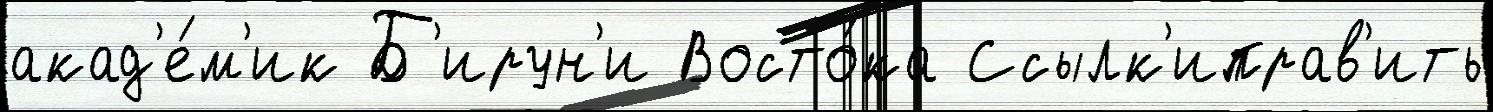
акад'е́м'ик Б'ирун'и Восто́ка Ссылк'иправ'ить